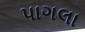
પાગલા